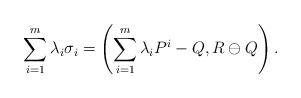
LaTeX: \begin{align*}\sum_{i=1}^m\lambda_i\sigma_i=\left(\sum_{i=1}^m\lambda_iP^i-Q,R\ominus Q\right).\end{align*}